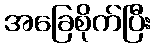
အခြေစိုက်ပြီး